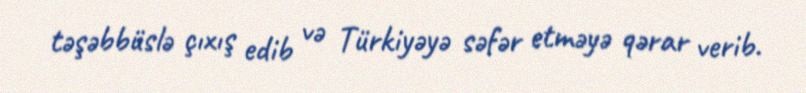
təşəbbüslə çıxış edib və Türkiyəyə səfər etməyə qərar verib.